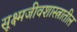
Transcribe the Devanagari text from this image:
सूक्ष्मजीवशास्त्रातील